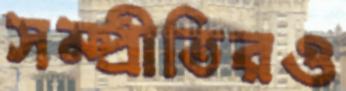
সম্প্রীতিরও